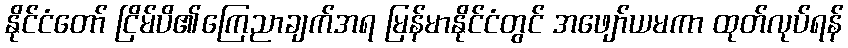
နိုင်ငံတော် ငြိမ်ပိ၏ကြေညာချက်အရ မြန်မာနိုင်ငံတွင် အဖျော်ယမကာ ထုတ်လုပ်ရန်